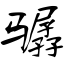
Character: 骣